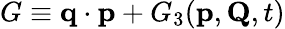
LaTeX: G\equiv\mathbf{q}\cdot\mathbf{p}+G_{3}(\mathbf{p},\mathbf{Q},t)